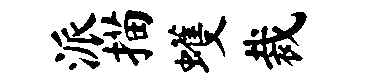
派描蠖裁